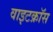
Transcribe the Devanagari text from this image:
वाइटक्रॉस